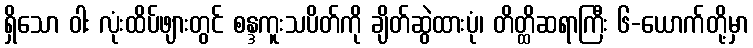
ရှိသော ဝါး လုံးထိပ်ဖျားတွင် စန္ဒကူးသပိတ်ကို ချိတ်ဆွဲထားပုံ၊ တိတ္ထိဆရာကြီး ၆-ယောက်တို့မှာ